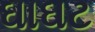
ઘાઘટ